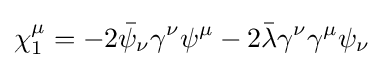
\chi _{1}^{\mu }=-2{\bar {\psi }}_{\nu }\gamma ^{\nu }\psi ^{\mu }-2{\bar {\lambda }}\gamma ^{\nu }\gamma ^{\mu }\psi _{\nu }